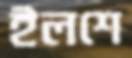
ইলশে